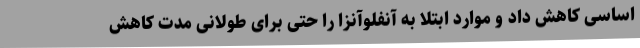
اساسی کاهش داد و موارد ابتلا به آنفلوآنزا را حتی برای طولانی مدت کاهش